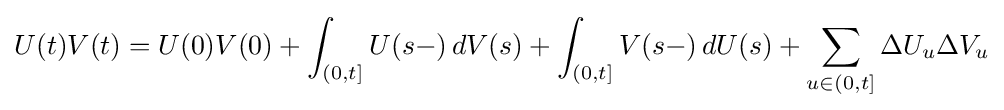
U(t)V(t)=U(0)V(0)+\int _{(0,t]}U(s-)\,dV(s)+\int _{(0,t]}V(s-)\,dU(s)+\sum _{u\in (0,t]}\Delta U_{u}\Delta V_{u}